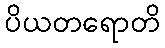
ပိယတရောတိ